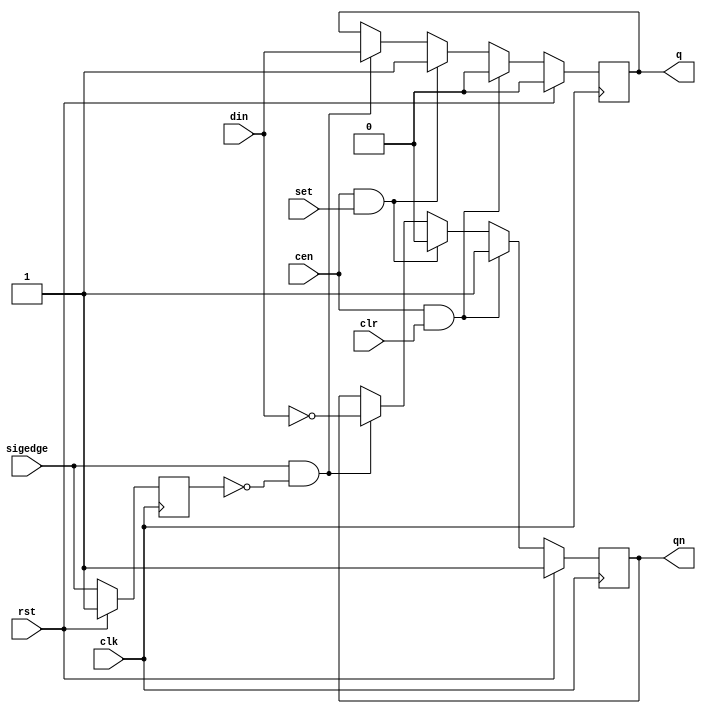
// This program was cloned from: https://github.com/atrac17/Toaplan2
// License: GNU General Public License v3.0

/*  This file is part of JTFRAME.
    JTFRAME program is free software: you can redistribute it and/or modify
    it under the terms of the GNU General Public License as published by
    the Free Software Foundation, either version 3 of the License, or
    (at your option) any later version.

    JTFRAME program is distributed in the hope that it will be useful,
    but WITHOUT ANY WARRANTY; without even the implied warranty of
    MERCHANTABILITY or FITNESS FOR A PARTICULAR PURPOSE.  See the
    GNU General Public License for more details.

    You should have received a copy of the GNU General Public License
    along with JTFRAME.  If not, see <http://www.gnu.org/licenses/>.

    Author: Jose Tejada Gomez. Twitter: @topapate
    Version: 1.0
    Date: 13-12-2019 */

module jtframe_ff #(parameter W=1 ) (
    input                clk,
    input                rst,
    (*direct_enable*) input cen,
    input       [W-1:0]  din,
    output reg  [W-1:0]  q,
    output reg  [W-1:0]  qn,
    input       [W-1:0]  set,    // active high
    input       [W-1:0]  clr,    // active high
    input       [W-1:0]  sigedge // signal whose edge will trigger the FF
);

reg  [W-1:0] last_edge;

generate
    genvar i;
    for (i=0; i < W; i=i+1) begin: flip_flop
        always @(posedge clk) begin
            if(rst) begin
                q[i]         <= 0;
                qn[i]        <= 1;
                last_edge[i] <= 1;
            end
            else begin
                last_edge[i] <= sigedge[i];
                if( cen && clr[i] ) begin
                    q[i]  <= 1'b0;
                    qn[i] <= 1'b1;
                end else
                if( cen && set[i] ) begin
                    q[i]  <= 1'b1;
                    qn[i] <= 1'b0;
                end else
                if( sigedge[i] && !last_edge[i] ) begin
                    q[i]  <=  din[i];
                    qn[i] <= ~din[i];
                end
            end
        end
    end
endgenerate

endmodule